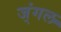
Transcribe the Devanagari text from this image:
ज्ंगल